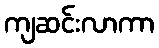
ကျဆင်းလာကာ